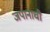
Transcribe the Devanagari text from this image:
जपानाची